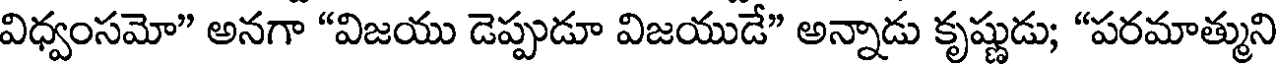
విధ్వంసమో" అనగా "విజయు డెప్పుడూ విజయుడే" అన్నాడు కృష్ణుడు; "పరమాత్ముని